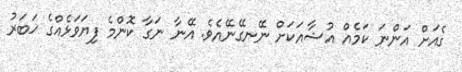
ގެއަށް އަންނަ ކަމެއް އުޝާއަކަށް ނޭނގޭނޭއެވެ. އޭނާ ނަގާ ކޮންމެ ފިޔަވަޅެއްގެ ޚަބަރު